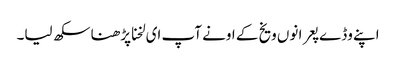
اپنے وڈے پعرا نوں ویخ کے اونے آپ ای لخنا پڑھنا سکھ لیا۔